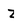
Character: z